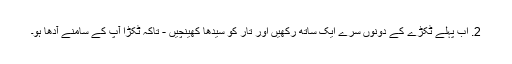
2. اب پہلے ٹکڑے کے دونوں سرے ایک ساتھ رکھیں اور تار کو سیدھا کھینچیں - تاکہ ٹکڑا آپ کے سامنے آدھا ہو۔